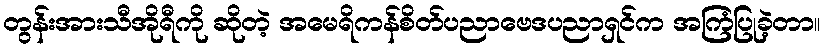
တွန်းအားသီအိုရီကို ဆိုတဲ့ အမေရိကန်စိတ်ပညာဗေဒပညာရှင်က အကြံပြုခဲ့တာ။